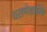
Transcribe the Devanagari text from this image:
घराणेशाहीके